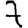
Digit: 7